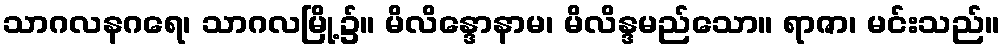
သာဂလနဂရေ၊ သာဂလမြို့၌။ မိလိန္ဒောနာမ၊ မိလိန္ဒမည်သော။ ရာဇာ၊ မင်းသည်။